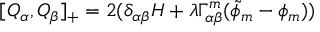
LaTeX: [ Q _ { \alpha } , Q _ { \beta } ] _ { + } = 2 ( \delta _ { \alpha \beta } H + \lambda \Gamma _ { \alpha \beta } ^ { m } ( \tilde { \phi } _ { m } - \phi _ { m } ) )